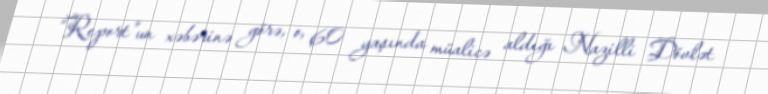
“Report”un xəbərinə görə, o, 60 yaşında müalicə aldığı Nazilli Dövlət